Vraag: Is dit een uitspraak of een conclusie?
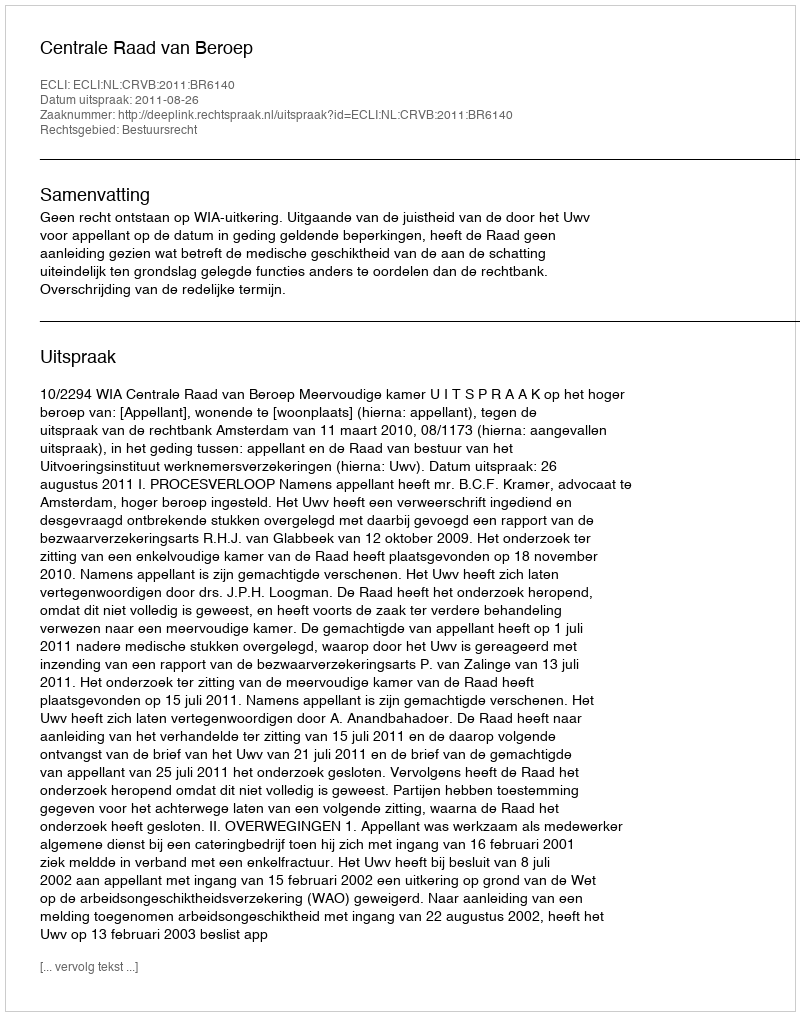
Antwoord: Uitspraak